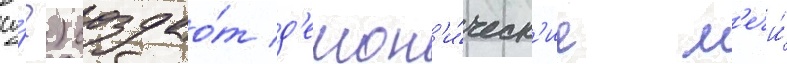
су́?) создао́т д'емон'и́ческ'ие м'ечи́